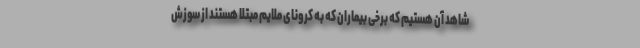
شاهد آن هستیم که برخی بیماران که به کرونای ملایم مبتلا هستند از سوزش